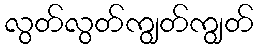
လွတ်လွတ်ကျွတ်ကျွတ်